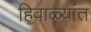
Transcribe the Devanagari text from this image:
हिवाळ्यांत